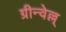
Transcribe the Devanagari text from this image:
ग्रीन्वेल्ल्